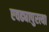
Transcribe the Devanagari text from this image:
एवढ्यापुरत्या